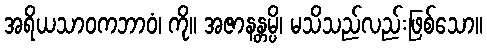
အရိယသာဝကဘာဝံ၊ ကို။ အဇာနန္တမ္ပိ၊ မသိသည်လည်းဖြစ်သော။